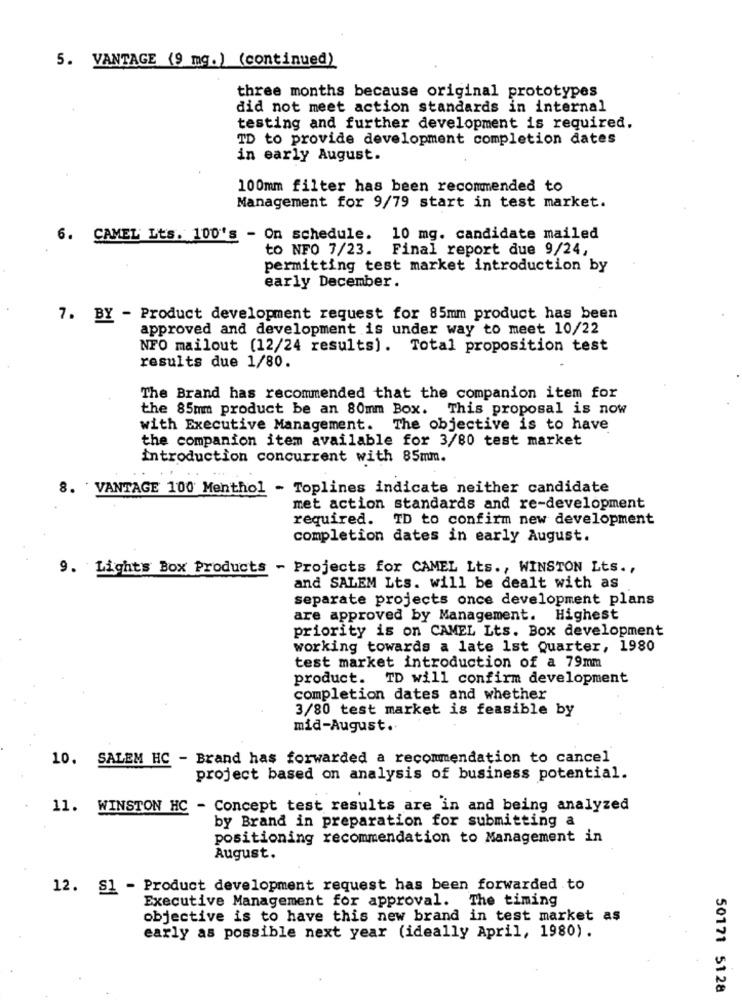
5. VANTAGE (9 mg.) (continued)
three months because original prototypes
did not meet action standards in internal
testing and further development is required.
TD to provide development completion dates
in early August.
100mm filter has been recommended to
Management for 9/79 start in test market.
6. CAMEL Lts. 100's - On schedule. 10 mg. candidate mailed
to NFO 7/23.
Final report due 9/24,
permitting test market introduction by
early December.
7. BY - Product development request for 85mm product has been
approved and development is under way to meet 10/22
NFO mailout (12/24 results). Total proposition test
results due 1/80.
The Brand has recommended that the companion item for
the 85mm product be an 80mm Box. This proposal is now
with Executive Management. The objective is to have
the companion item available for 3/80 test market
introduction concurrent with 85mm.
8. VANTAGE 100 Menthol - Toplines indicate neither candidate
met action standards and re-development
required. TD to confirm new development
completion dates in early August.
9. Lights Box Products - Projects for CAMEL Lts ., WINSTON Lts .,
and SALEM Lts. will be dealt with as
separate projects once development plans
are approved by Management. Highest
priority is on CAMEL Lts. Box development
working towards a late 1st Quarter, 1980
test market introduction of a 79mm
product. TD will confirm development
completion dates and whether
3/80 test market is feasible by
mid-August ..
10. SALEM HC - Brand has forwarded a recommendation to cancel
project based on analysis of business potential.
11. WINSTON HC - Concept test results are in and being analyzed
by Brand in preparation for submitting a
positioning recommendation to Management in
August.
12. S1 - Product development request has been forwarded to
Executive Management for approval. The timing
objective is to have this new brand in test market as
early as possible next year (ideally April, 1980).
50171 5128